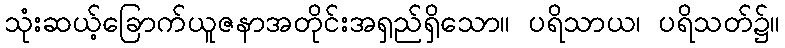
သုံးဆယ့်ခြောက်ယူဇနာအတိုင်းအရှည်ရှိသော။ ပရိသာယ၊ ပရိသတ်၌။